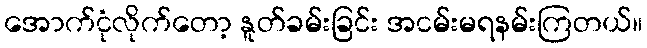
အောက်ငုံလိုက်တော့ နူတ်ခမ်းခြင်း အငမ်းမရနမ်းကြတယ်။